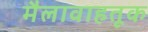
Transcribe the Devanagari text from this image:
मैलावाहतूक